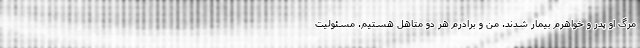
مرگ او پدر و خواهرم بیمار شدند. من و برادرم هر دو متاهل هستیم. مسئولیت